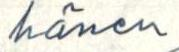
hänen